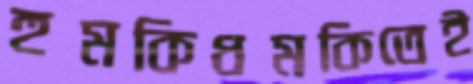
হুমকিধমকিতেই